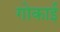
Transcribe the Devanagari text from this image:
गोकाई